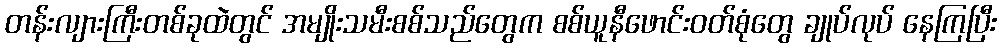
တန်းလျားကြီးတစ်ခုထဲတွင် အမျိုးသမီးစစ်သည်တွေက စစ်ယူနီဖောင်းဝတ်စုံတွေ ချုပ်လုပ် နေကြပြီး